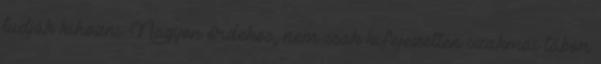
tudják kihozni. Nagyon érdekes, nem csak kifejezetten szakmai tábor